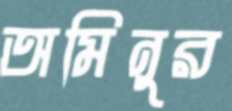
অমিনুর